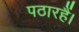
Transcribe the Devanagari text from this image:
पठारहैं।